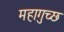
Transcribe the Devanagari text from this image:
महागुच्छ